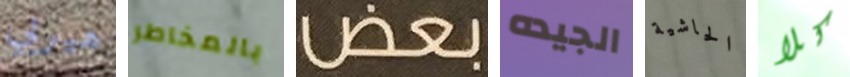
هيربي بالمخاطر بعض الجيده الحاشية كلا